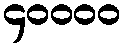
၄၀၀၀၀